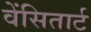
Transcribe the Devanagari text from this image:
वेंसितार्ट